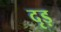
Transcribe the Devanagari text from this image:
दृड़